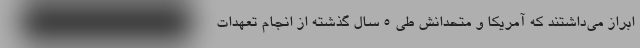
ابراز می‌داشتند که آمریکا و متحدانش طی ۵ سال گذشته از انجام تعهدات